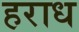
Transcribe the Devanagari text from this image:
हराध